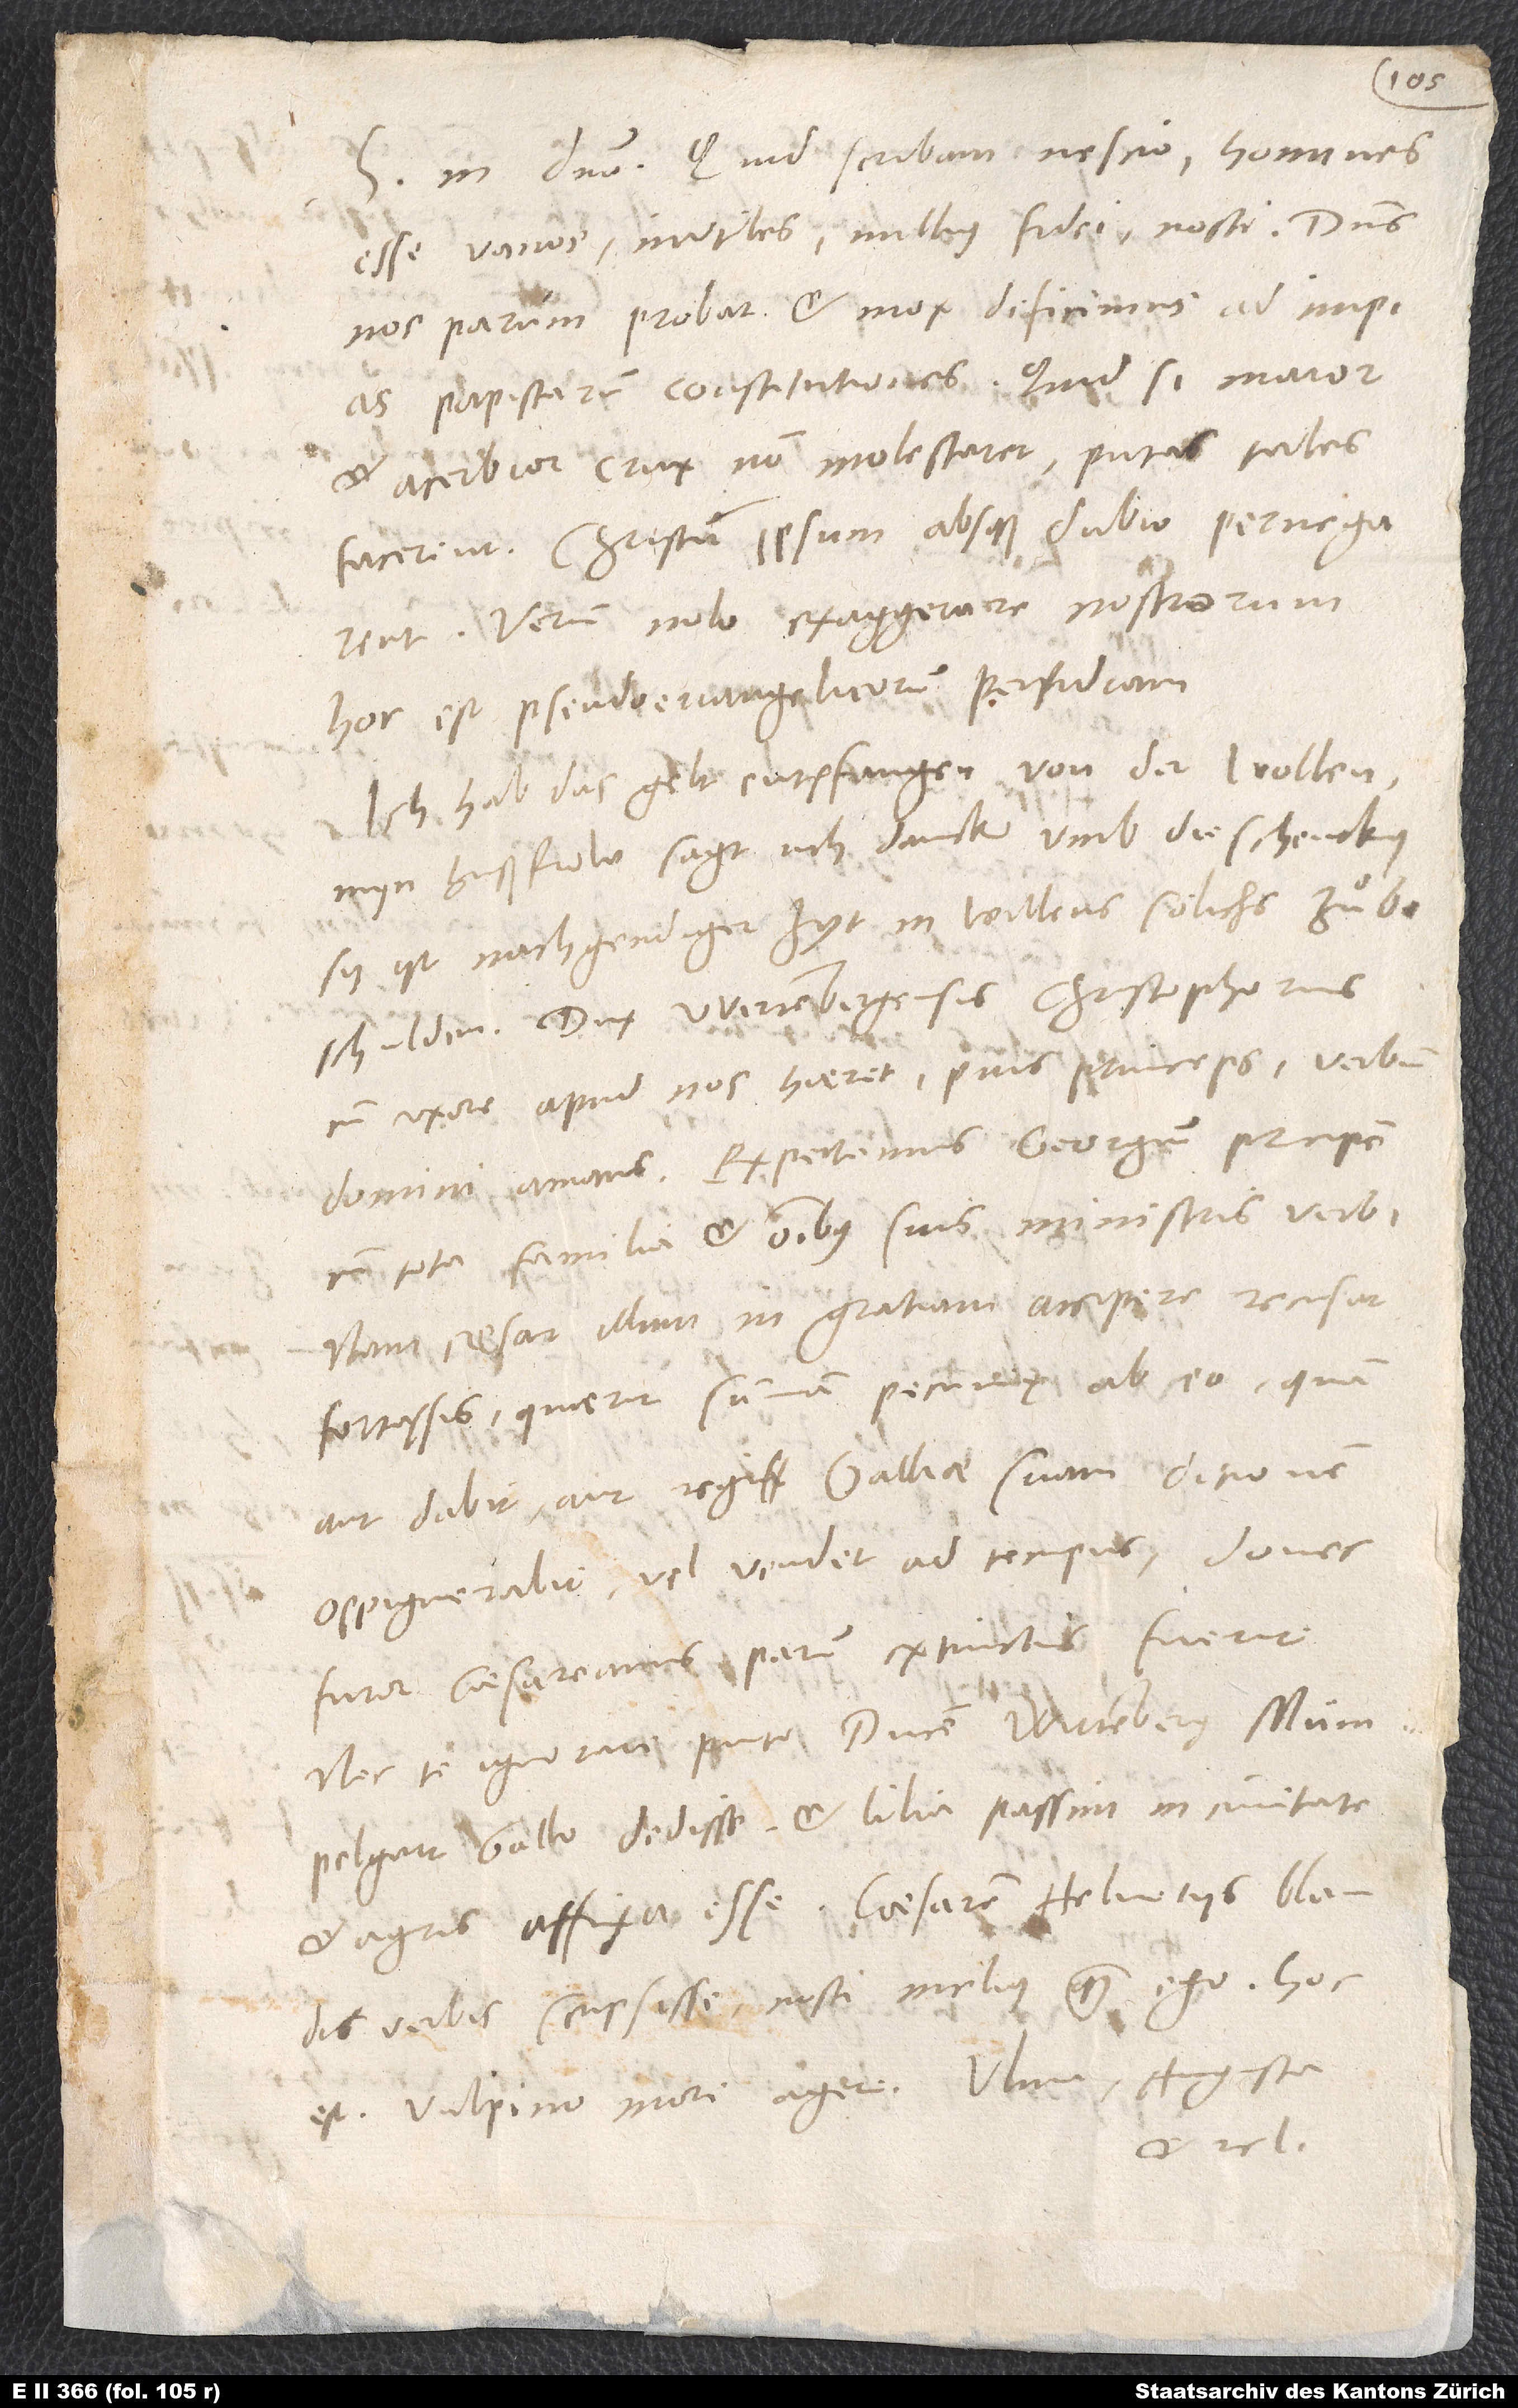
os
in domino. Quid scribam, nescio. Homines
esse vanos, inutiles, nullius fidei nosti. Dominus
nos parum probat, et mox deficimus ad impias
papistarum constitutiones! Quid, si maior
et acerbior crux nos molestaret, putas tales
facerint. Christum ipsum absque dubio pernegarent.
Verum nolo exaggerare nostrorum,
hoc est pseudoevangelicorum, perfidiam.
Ich hab das gelt entpfangen von der wollen.
Myn hußfrow sagt uch danck umb die schencky.
Sy ist nachgendiger zyt in willens, sölichs zuͦ
Dux Wirtembergensis Christophorus
cum uxore apud nos haeret, pius princeps, verbum
domini amans. Expectamus Georgium principem
cum tota familia et omnibus suis ministris verbi.
Nam caesar illum in gratiam accipere recusat
fortassis. Quaerit summam pecunię ab eo, quam
aut dabit aut regi Galliae suam ditionem
oppignerabit vel vendet ad tempus, donec
furor caesareanus parum extinctus fuerit.
Nec te ignorare puto ducem Wirttembergensem Mümpelgart
Gallo dedisse et lilia passim in civitate
verbis scripsisse nosti melius quam ego. Hoc
est vulpino mori agere. Ulma, Augusta